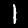
Label: 1